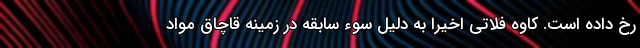
رخ داده است. کاوه فلاتی اخیرا به دلیل سوء سابقه در زمینه قاچاق مواد